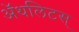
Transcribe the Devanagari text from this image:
ॲथलिटस्